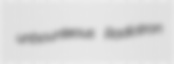
unbounteous Radiotron